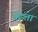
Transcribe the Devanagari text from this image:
व्रेडला